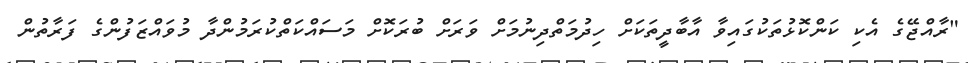
"ރާއްޖޭގެ އެކި ކަންކޮޅުތަކުގައިވާ އާބާދީތަކަށް ހިދުމަތްދިނުމަށް ވަރަށް ބުރަކޮށް މަސައްކަތްކުރަމުންދާ މުވައްޒަފުންގެ ފަރާތުން